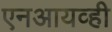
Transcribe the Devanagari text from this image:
एनआयव्ही